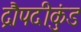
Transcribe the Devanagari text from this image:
द्रौपदीकुंड